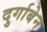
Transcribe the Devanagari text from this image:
दुर्गाबेन